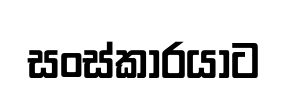
සංස්කාරයාට